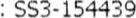
: SS3-154439